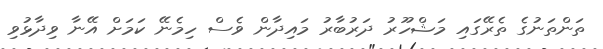
ތަންތަނުގެ ތެރޭގައި މަޝްހޫރު ދަރުބާރު މައިދާން ވެސް ހިމެނޭ ކަމަށް އޭނާ ވިދާޅުވި